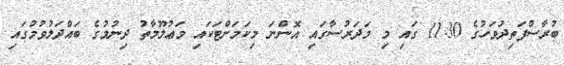
ބުރާސްފަތިދުވަހުގެ 11:30 ގައި މި މަދަރުސާގައި އޮންނަ މިކަމަށްޓަކައި މަޢުލޫމާތު ދިނުމުގެ ބައްދަލުވުމުގައި